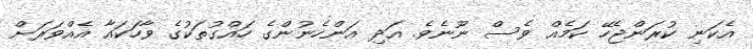
އެކަނި ކުރަންޖެހޭ ކަމެއް ވެސް ނޫނެވެ. އަދި އަންހެނުންގެ ހައްގުތަކުގެ ވާހަކައާ އެއްވަރަށް